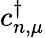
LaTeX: c_{n,\mu}^{\dagger}